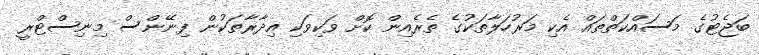
ބަޖެޓުގެ މަސައްކަތްތައް އެކި މަރުހަލާތަކުގެ ތެރެއިން ކޮށް ވަކިވަކި އިދާރާތަކުން ފިނޭންސް މިިނިސްޓްރީ